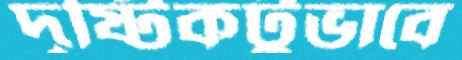
দৃষ্টিকটুভাবে